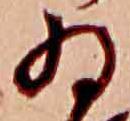
ゐ